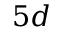
5 d